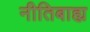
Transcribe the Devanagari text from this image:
नीतिबाह्य